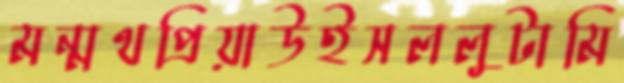
মন্মথপ্রিয়াউইসললুটামি